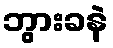
ဘွားခနဲ